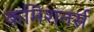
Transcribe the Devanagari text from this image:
कमिशनर्स